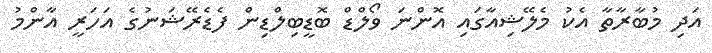
އަދި މުބާރާތާ އެކު މެލޭޝިއާގައި އޮންނަ ވޯލްޑް ބޮޑީބިލްޑިން ފެޑެރޭޝަނުގެ އަހަރީ އާންމު